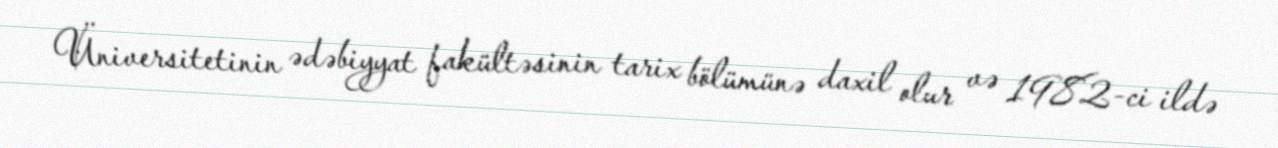
Üniversitetinin ədəbiyyat fakültəsinin tarix bölümünə daxil olur və 1982-ci ildə